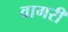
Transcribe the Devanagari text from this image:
वागरी